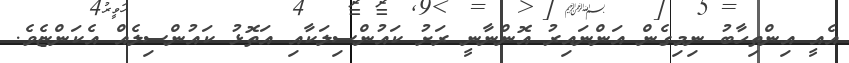
އެއީ އިންތިހާބު ނިމިގެން އަންނައިރު އޮންނާނީ ރަށު ކައުންސިލަކާއި އަތޮޅު ކައުންސިލެއް އެކަންޏެވެ.